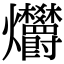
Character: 𤓭